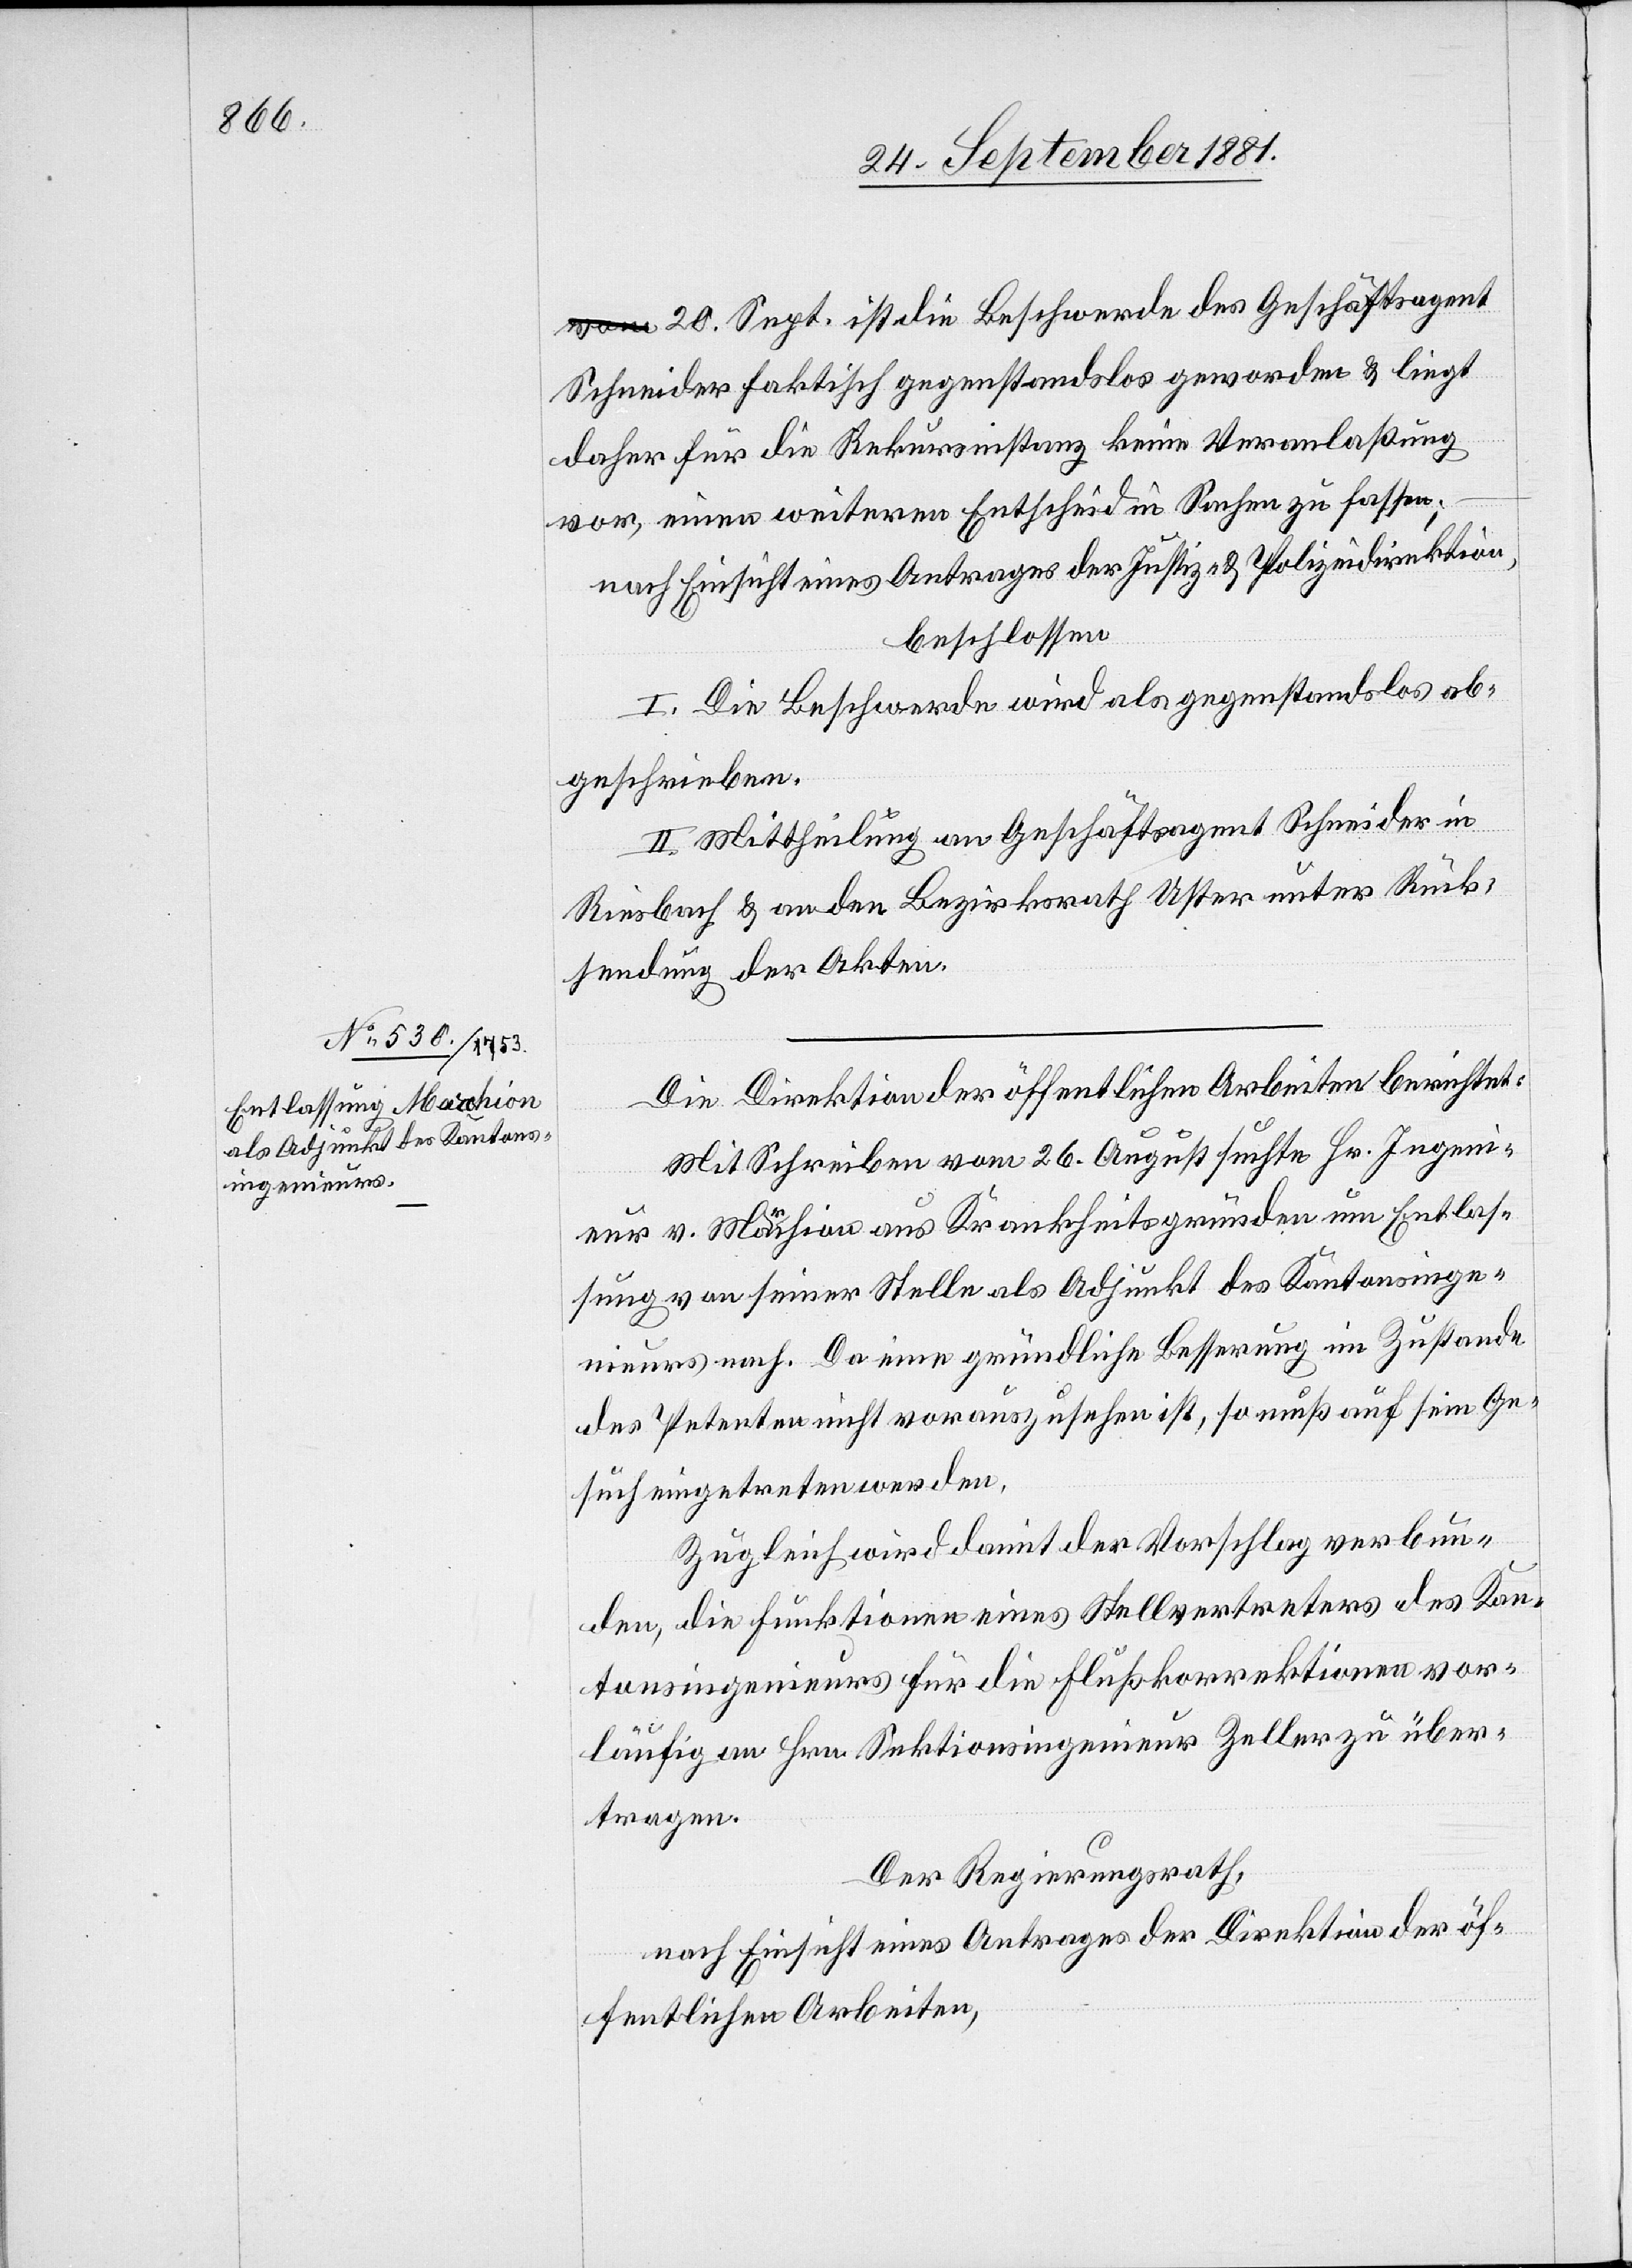
20. Sept. ist die Beschwerde des Geschäftsagent
Schneider faktisch gegenstandslos geworden & liegt
daher für die Rekursinstanz keine Veranlaßung
vor, einen weiteren Entscheid in Sachen zu fassen;
nach Einsicht eines Antrages der Justiz- & Polizeidirektion,
beschlossen:
I. Die Beschwerde wird als gegenstandslos ab¬
geschrieben.
II. Mittheilung an Geschäftsagent Schneider in
Riesbach & an den Bezirksrath Uster unter Rück¬
sendung der Akten.
Die Direktion der öffentlichen Arbeiten berichtet:
Mit Schreiben vom 26. August suchte Hr. Ingeni¬
eur v. Marchion aus Krankheitsgründen um Entlas¬
sung von seiner Stelle als Adjunkt des Kantonsinge¬
nieurs nach. Da eine gründliche Besserung im Zustande
des Petenten nicht vorauszusehen ist, so muß auf sein Ge¬
such eingetreten werden.
Zugleich wird damit der Vorschlag verbun¬
den, die Funktionen eines Stellvertreters des Kan¬
tonsingenieurs für die Flußkorrektionen vor¬
läufig an Hrn. Sektionsingenieur Zeller zu über¬
tragen.
Der Regierungsrath,
nach Einsicht eines Antrages der Direktion der öf¬
fentlichen Arbeiten,